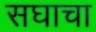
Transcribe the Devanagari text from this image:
सघाचा